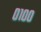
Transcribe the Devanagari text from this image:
०१००